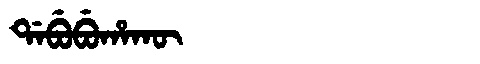
Manchu: ᡩᠠᠪᡠᠪᡠᡥᠠᡴᡡ
Romanization: DABUBUHAKŪ